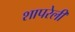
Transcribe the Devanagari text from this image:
शापरेली